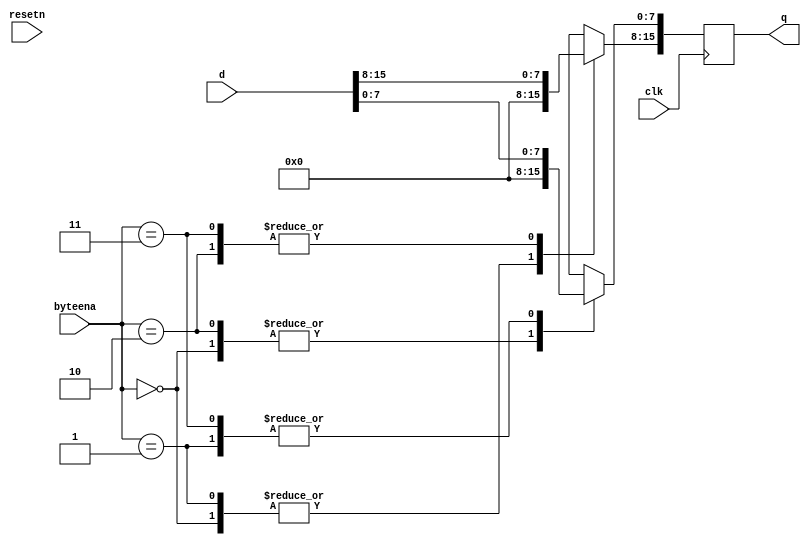
`timescale 1ns / 1ps

module topmodule(
    input clk,
    input resetn,
    input [1:0] byteena,
    input [15:0]d,
    output reg [15:0]q
    );
    
    always@(posedge clk) begin
        if(resetn == 0) begin
            q <= 0;
        end
        else begin
            q <= d;
        end
        case(byteena)
        2'b00 : q <= 0;
        2'b01 : q <= d[7:0];
        2'b10 : 
        begin
            q[7:0] <= 0; 
            q[15:8] <= d[15:8];
        end 
            
        2'b11 : q <= d[15:0];
        endcase
    end
endmodule